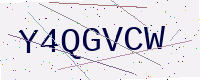
Text: Y4QGVCW